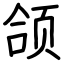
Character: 颌